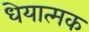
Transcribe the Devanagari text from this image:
धेयात्मक